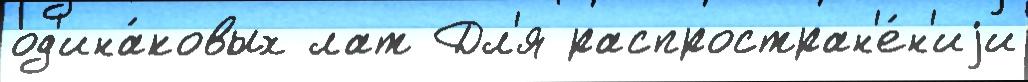
од'ина́ковых лат Дл'я распростран'е́н'иjи